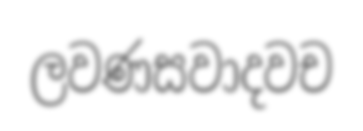
ලවණසවාදවච